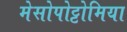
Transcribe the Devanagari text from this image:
मेसोपोट्टोमिया